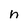
Character: n